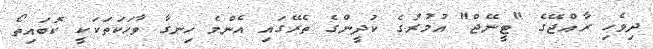
ދިވެހި ރާއްޖޭގެ "ޓީނޭޖް" އުމުރުގެ ކުދީންގެ ތެރޭގައި އެންމެ ހިނގާ ވާހަކަތަކަކީ ކޮބައިތޯ